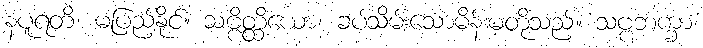
နပူရတိ၊ မပြည့်နိုင်။ သဗ္ဗိတ္ထိယော၊ ခပ်သိမ်းသောမိန်းမတို့သည်။ သဗ္ဗဘက္ခာ၊